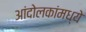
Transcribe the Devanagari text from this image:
आंदोलकांमध्ये